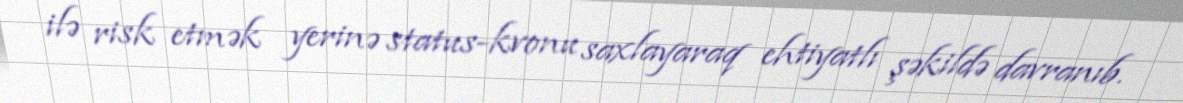
ilə risk etmək yerinə status-kvonu saxlayaraq ehtiyatlı şəkildə davranıb.